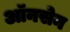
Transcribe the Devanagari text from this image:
ऑनसेन